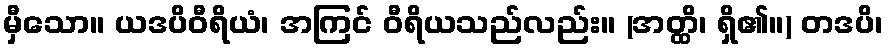
မှီသော။ ယဒပိဝီရိယံ၊ အကြင် ဝီရိယသည်လည်း။ (အတ္ထိ၊ ရှိ၏။) တဒပိ၊